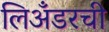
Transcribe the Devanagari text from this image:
लिअँडरची